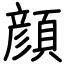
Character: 顔